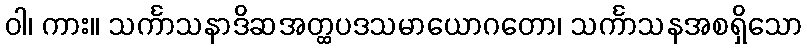
ဝါ၊ ကား။ သင်္ကာသနာဒိဆအတ္ထပဒသမာယောဂတော၊ သင်္ကာသနအစရှိသော